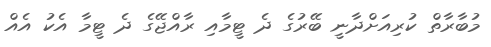
މުބާރާތް ކުރިއަށްދާނީ ބޭރުގެ ދެ ޓީމާއި ރާއްޖޭގެ ދެ ޓީމާ އެކު އެއް